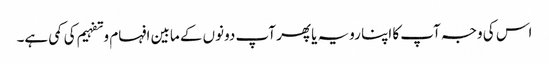
اس کی وجہ آپ کا اپنا رویہ یا پھر آپ دونوں کے مابین افہام و تفہیم کی کمی ہے۔